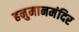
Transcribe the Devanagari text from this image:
हनुमानमंदिर